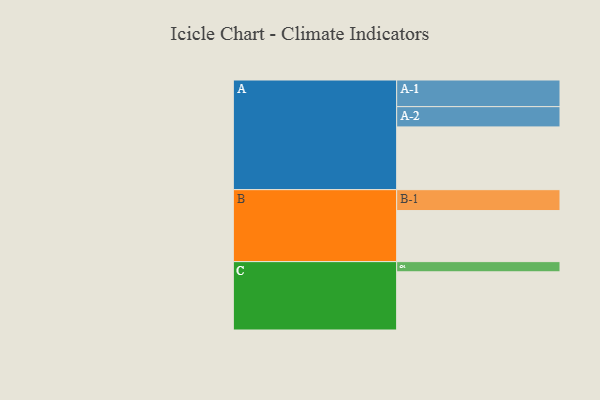
{"axis": {"x": "Segment", "y": "Value"}, "legend": ["", "A", "B", "C"], "data": [{"x": "A", "y": 591, "type": ""}, {"x": "B", "y": 481, "type": ""}, {"x": "C", "y": 548, "type": ""}, {"x": "A-1", "y": 251, "type": "A"}, {"x": "A-2", "y": 191, "type": "A"}, {"x": "B-1", "y": 197, "type": "B"}, {"x": "C-1", "y": 96, "type": "C"}]}